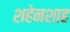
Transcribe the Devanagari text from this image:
शहेनशाह